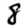
Digit: 8